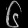
Digit: ၆